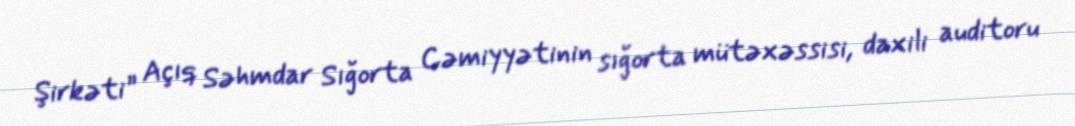
Şirkəti” Açıq Səhmdar Sığorta Cəmiyyətinin sığorta mütəxəssisi, daxili auditoru